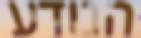
הנודע